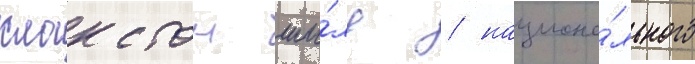
клакстон ши́лд / национа́льного